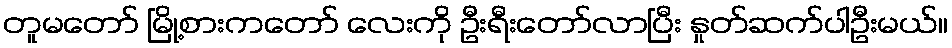
တူမတော် မြို့စားကတော် လေးကို ဦးရီးတော်လာပြီး နှုတ်ဆက်ပါဦးမယ်။